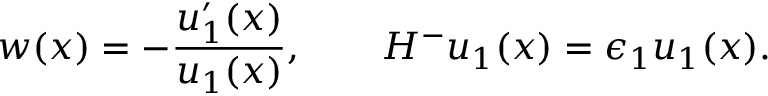
w ( x ) = - \frac { u _ { 1 } ^ { \prime } ( x ) } { u _ { 1 } ( x ) } , \qquad H ^ { - } u _ { 1 } ( x ) = \epsilon _ { 1 } u _ { 1 } ( x ) .